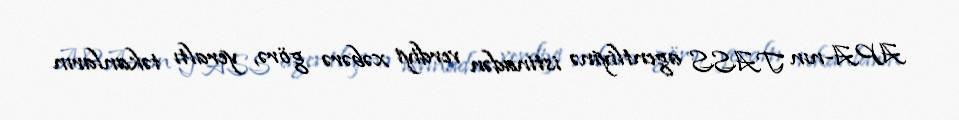
APA-nın TASS agentliyinə istinadən verdiyi xəbərə görə, yeraltı təkanların